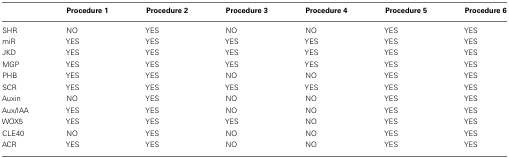
<table><thead><tr><td></td><td><b>Procedure 1</b></td><td><b>Procedure 2</b></td><td><b>Procedure 3</b></td><td><b>Procedure 4</b></td><td><b>Procedure 5</b></td><td><b>Procedure 6</b></td></tr></thead><tbody><tr><td>SHR</td><td>NO</td><td>YES</td><td>NO</td><td>NO</td><td>YES</td><td>YES</td></tr><tr><td>miR</td><td>YES</td><td>YES</td><td>YES</td><td>YES</td><td>YES</td><td>YES</td></tr><tr><td>JKD</td><td>YES</td><td>YES</td><td>YES</td><td>YES</td><td>YES</td><td>YES</td></tr><tr><td>MGP</td><td>YES</td><td>YES</td><td>YES</td><td>YES</td><td>YES</td><td>YES</td></tr><tr><td>PHB</td><td>YES</td><td>YES</td><td>NO</td><td>NO</td><td>YES</td><td>YES</td></tr><tr><td>SCR</td><td>YES</td><td>YES</td><td>YES</td><td>YES</td><td>YES</td><td>YES</td></tr><tr><td>Auxin</td><td>NO</td><td>YES</td><td>NO</td><td>NO</td><td>YES</td><td>YES</td></tr><tr><td>Aux/IAA</td><td>YES</td><td>YES</td><td>NO</td><td>NO</td><td>YES</td><td>YES</td></tr><tr><td>WOX5</td><td>YES</td><td>YES</td><td>YES</td><td>NO</td><td>YES</td><td>YES</td></tr><tr><td>CLE40</td><td>NO</td><td>YES</td><td>NO</td><td>NO</td><td>YES</td><td>YES</td></tr><tr><td>ACR</td><td>YES</td><td>YES</td><td>NO</td><td>NO</td><td>YES</td><td>YES</td></tr></tbody></table>